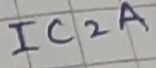
Text: IC2A